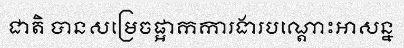
ជាតិ បានសម្រេចផ្អាកការងារបណ្តោះអាសន្ន